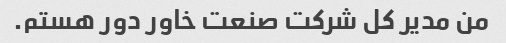
من مدیر کل شرکت صنعت خاور دور هستم.